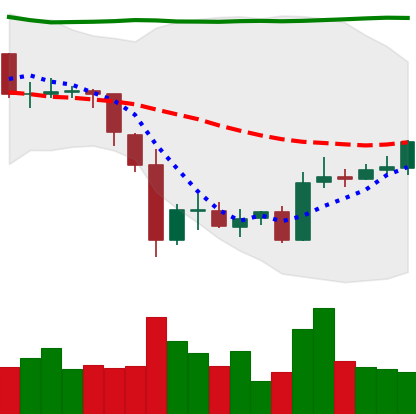
Ticker: BTC-USD
Chart end date: 2015-06-13
Forward return: 7.145%
Label: up_7plus